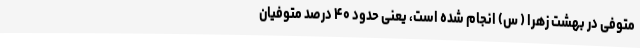
متوفی در بهشت زهرا ( س) انجام شده است، یعنی حدود ۴۰ درصد متوفیان